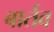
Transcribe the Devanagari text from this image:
बार्तव